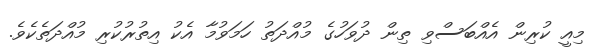
މިއީ ކުރިން އެއްބަސްވި ތިން ދުވަހުގެ މުއްދަތު ހަމަވުމާ އެކު އިތުރުކުރި މުއްދަތެކެވެ.